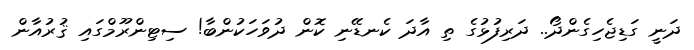
ދަނީ ގަޑިޖެހިގެންދޯ.. ދަރިފުޅުގެ ތި އާދަ ކެނޑޭނި ކޮން ދުވަހަކުންބާ! ސިޓިންރޫމްގައި ޤުރުއާން